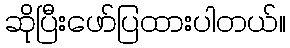
ဆိုပြီးဖော်ပြထားပါတယ်။